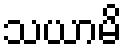
သယာမိ